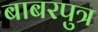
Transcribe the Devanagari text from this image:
बाबरपुत्र